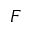
F